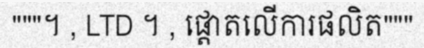
"""។ , LTD ។ , ផ្តោតលើការផលិត"""